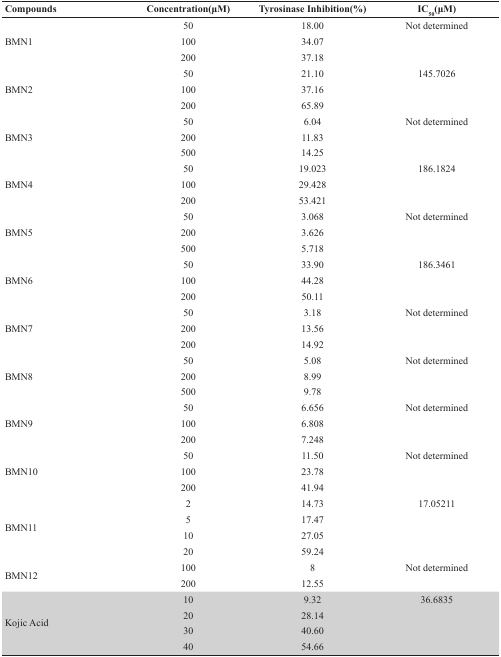
| Compounds | Concentration(μM) | Tyrosinase Inhibition(%) | IC50(μM) |
 | --- | --- | --- | --- |
 | <ROWSPAN=3> BMN1 | 50 | 18.00 | Not determined |
 | 100 | 34.07 |  |
 | 200 | 37.18 |  |
 | <ROWSPAN=3> BMN2 | 50 | 21.10 | 145.7026 |
 | 100 | 37.16 |  |
 | 200 | 65.89 |  |
 | <ROWSPAN=3> BMN3 | 50 | 6.04 | Not determined |
 | 200 | 11.83 |  |
 | 500 | 14.25 |  |
 | <ROWSPAN=3> BMN4 | 50 | 19.023 | 186.1824 |
 | 100 | 29.428 |  |
 | 200 | 53.421 |  |
 | <ROWSPAN=3> BMN5 | 50 | 3.068 | Not determined |
 | 200 | 3.626 |  |
 | 500 | 5.718 |  |
 | <ROWSPAN=3> BMN6 | 50 | 33.90 | 186.3461 |
 | 100 | 44.28 |  |
 | 200 | 50.11 |  |
 | <ROWSPAN=3> BMN7 | 50 | 3.18 | Not determined |
 | 200 | 13.56 |  |
 | 200 | 14.92 |  |
 | <ROWSPAN=3> BMN8 | 50 | 5.08 | Not determined |
 | 200 | 8.99 |  |
 | 500 | 9.78 |  |
 | <ROWSPAN=3> BMN9 | 50 | 6.656 | Not determined |
 | 100 | 6.808 |  |
 | 200 | 7.248 |  |
 | <ROWSPAN=3> BMN10 | 50 | 11.50 | Not determined |
 | 100 | 23.78 |  |
 | 200 | 41.94 |  |
 | <ROWSPAN=4> BMN11 | 2 | 14.73 | 17.05211 |
 | 5 | 17.47 |  |
 | 10 | 27.05 |  |
 | 20 | 59.24 |  |
 | <ROWSPAN=2> BMN12 | 100 | 8 | Not determined |
 | 200 | 12.55 |  |
 | <ROWSPAN=4> Kojic Acid | 10 | 9.32 | 36.6835 |
 | 20 | 28.14 |  |
 | 30 | 40.60 |  |
 | 40 | 54.66 |  |